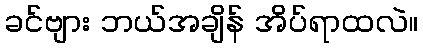
ခင်ဗျား ဘယ်အချိန် အိပ်ရာထလဲ။